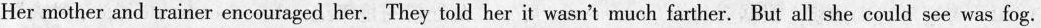
Her mother and trainer encouraged her.They told her it wasn't much farther. But all she could see was fog.